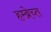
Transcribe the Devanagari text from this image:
हम्ब्रेच्त